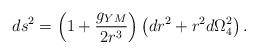
\begin{align*}ds^2=\left(1+\frac{g_{YM}}{2 r^3}\right)\left(dr^2+r^2 d\Omega_4^2\right).\end{align*}